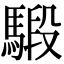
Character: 𩤣